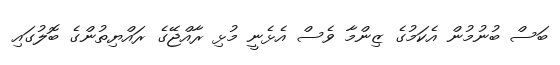
ބަސް ބުނުމުން އެކަމުގެ ޒިންމާ ވެސް އެޅެނީ މުޅި ރާއްޖޭގެ ރައްޔިތުންގެ ބޮލުގައި